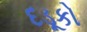
દડૂકો